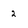
Character: 2